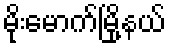
မိုးမောက်မြို့နယ်